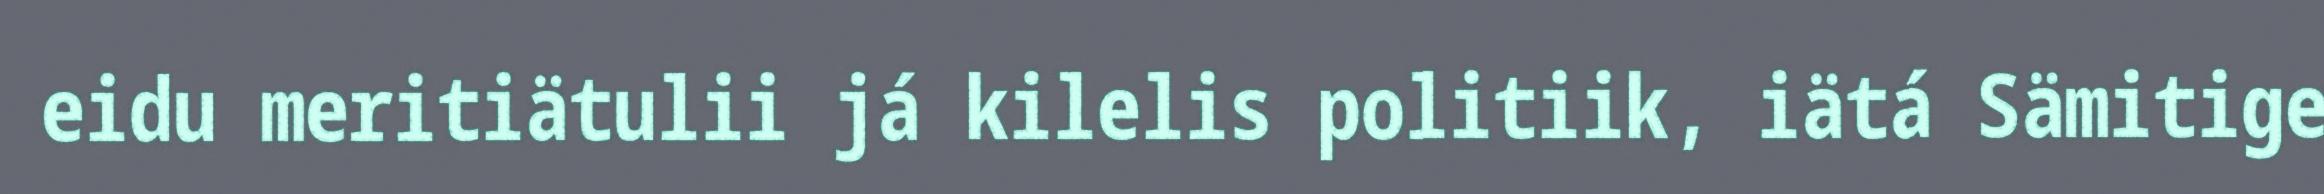
eidu meritiätulii já kilelis politiik, iätá Sämitige